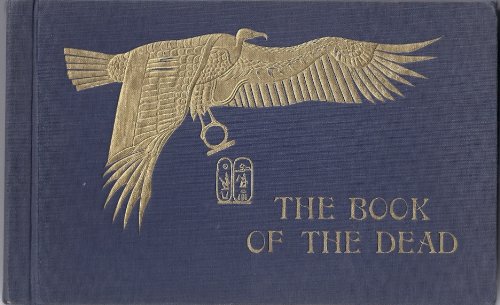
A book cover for Egypt: The Book of the Dead and Elysian Fields; A. Gaddis; Religion & Spirituality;